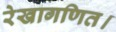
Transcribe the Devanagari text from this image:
रेखागणित।